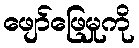
ဖျော်ဖြေမှုကို